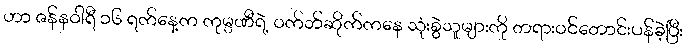
ဟာ ဇန်နဝါရီ ၁၆ ရက်နေ့က ကုမ္ပဏီရဲ့ ဝက်ဘ်ဆိုက်ကနေ သုံးစွဲသူများကို တရားဝင်တောင်းပန်ခဲ့ပြီး